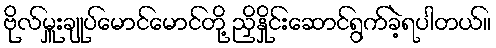
ဗိုလ်မှူးချုပ်မောင်မောင်တို့ ညှိနှိုင်းဆောင်ရွက်ခဲ့ရပါတယ်။